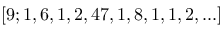
[ 9 ; 1 , 6 , 1 , 2 , 4 7 , 1 , 8 , 1 , 1 , 2 , . . . ]